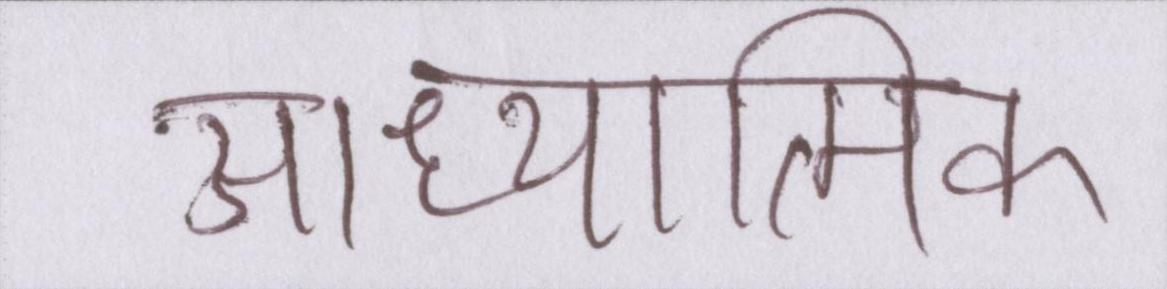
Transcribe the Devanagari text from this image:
आध्यात्मिक